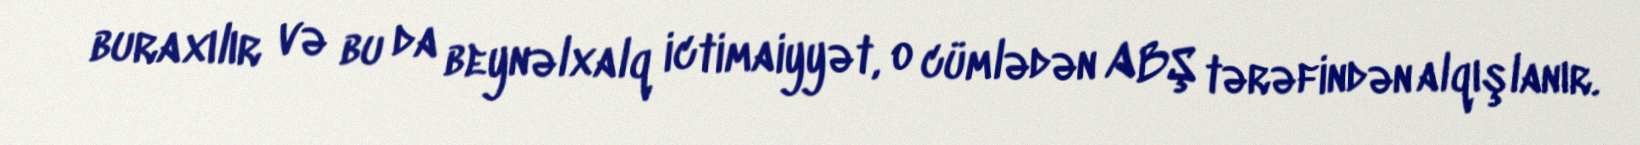
buraxılır və bu da beynəlxalq ictimaiyyət, o cümlədən ABŞ tərəfindən alqışlanır.